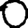
Digit: 0